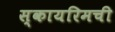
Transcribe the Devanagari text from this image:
स्कायरिमची